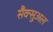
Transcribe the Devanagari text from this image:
सैक्सुअल